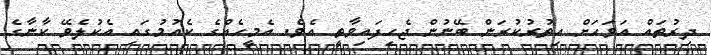
ދިރުތައް އަވަހަށް އިތުރުކުރަން ބޭނުން ޖެހިފައިވާތީ އެވެ. އެމީހެއްގެ ކެއުމުގައި އެކުލެވޭ ކާނާގެ